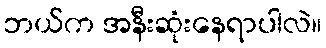
ဘယ်က အနီးဆုံးနေရာပါလဲ။